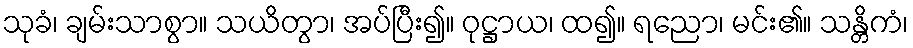
သုခံ၊ ချမ်းသာစွာ။ သယိတွာ၊ အပ်ပြီး၍။ ဝုဋ္ဌာယ၊ ထ၍။ ရညော၊ မင်း၏။ သန္တိကံ၊